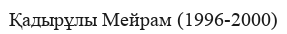
Қадырұлы Мейрам (1996-2000)